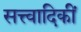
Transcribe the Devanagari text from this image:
सत्त्वादिकीं